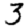
Digit: 3